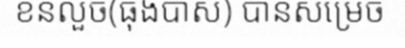
ខនលួច(ធុងបាស) បានសម្រេច